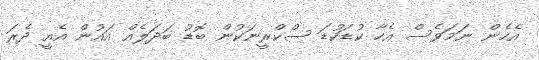
އެހެން ނަމަވެސް އެހާ ކުޑަކުޑަ ސްކްރީނަކުން ބޮޑު ބަދަލެއް އައުން އެއީ ދެރަ